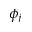
\phi _ { j }